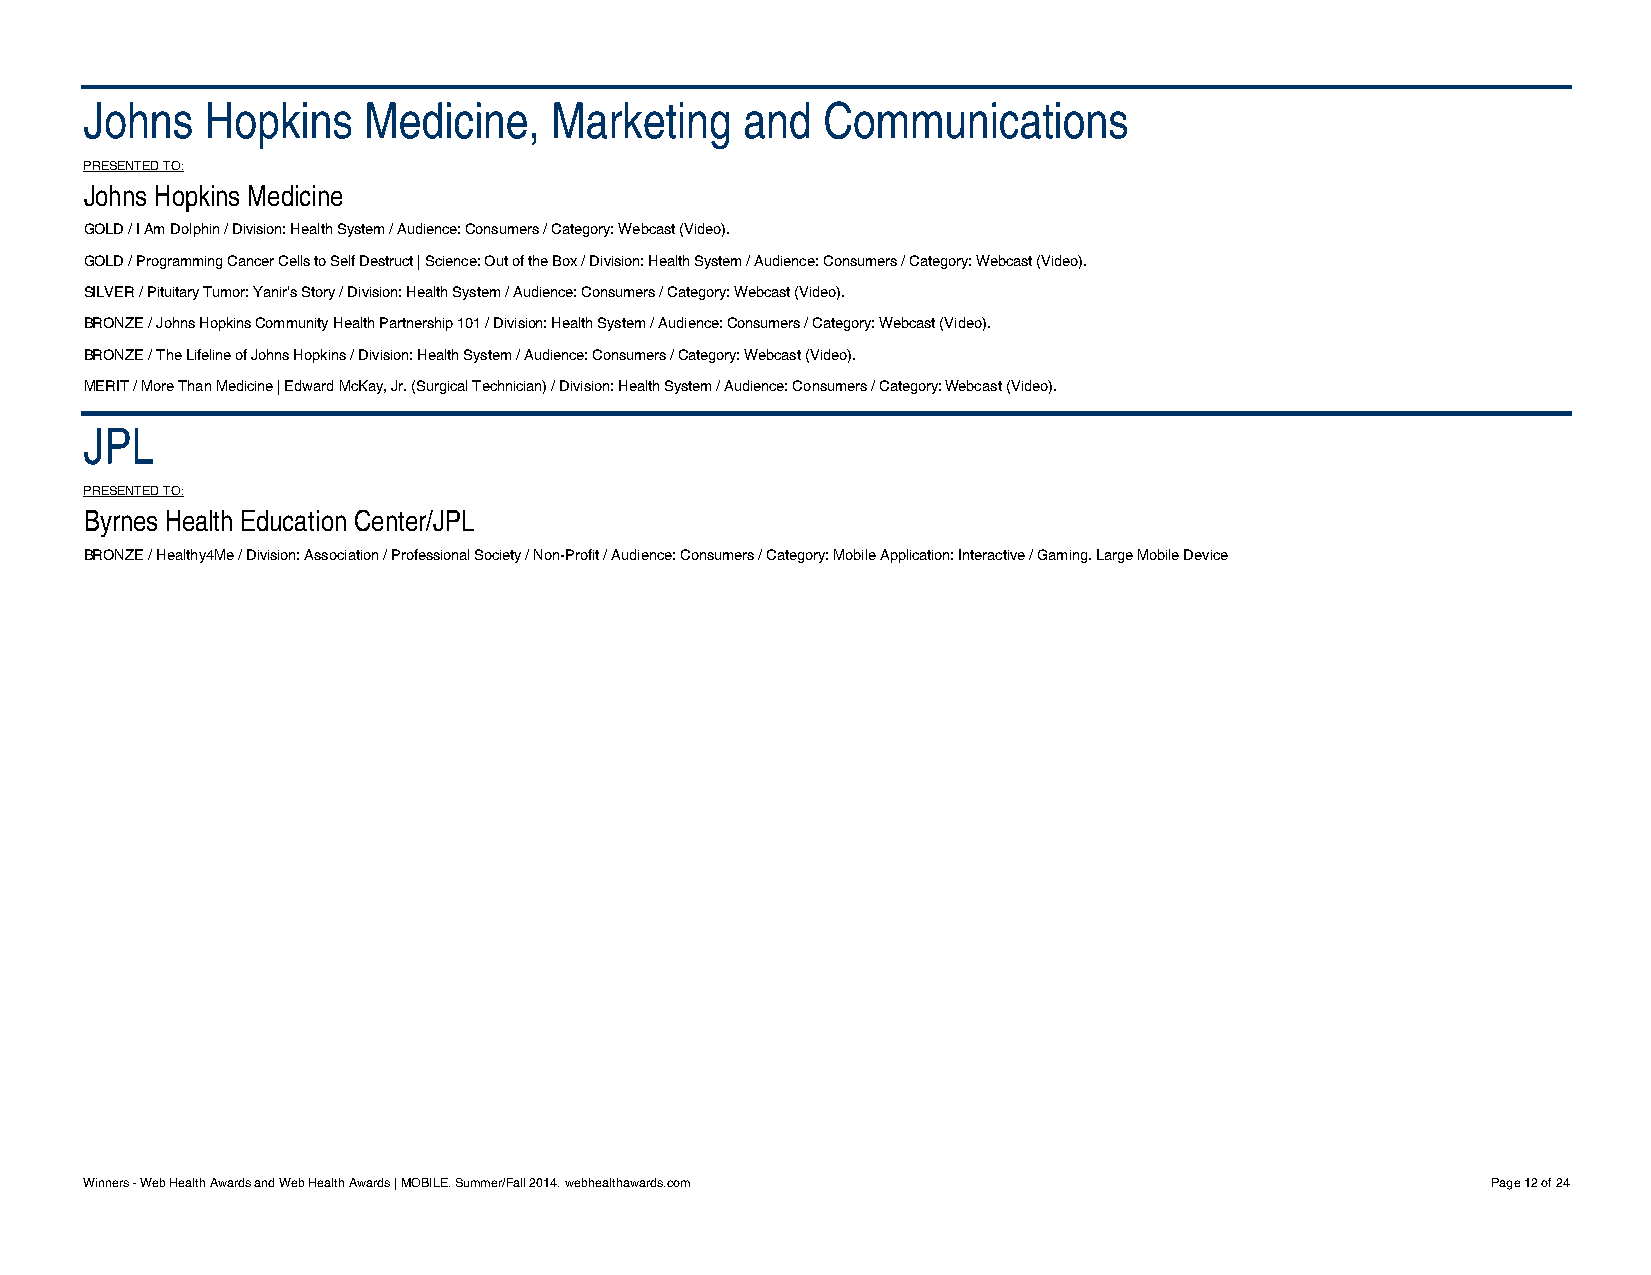
Johns   Hopkins   Medicine,   Marketing    and  Communications
 PRESENTED TO:
 Johns Hopkins Medicine
 GOLD / I Am Dolphin / Division: Health System / Audience: Consumers / Category: Webcast (Video).
 GOLD / Programming Cancer Cells to Self Destruct | Science: Out of the Box / Division: Health System / Audience: Consumers / Category: Webcast (Video).
 SILVER / Pituitary Tumor: Yanir's Story / Division: Health System / Audience: Consumers / Category: Webcast (Video).
 BRONZE / Johns Hopkins Community Health Partnership 101 / Division: Health System / Audience: Consumers / Category: Webcast (Video).
 BRONZE / The Lifeline of Johns Hopkins / Division: Health System / Audience: Consumers / Category: Webcast (Video).
 MERIT / More Than Medicine | Edward McKay, Jr. (Surgical Technician) / Division: Health System / Audience: Consumers / Category: Webcast (Video).
 JPL
 PRESENTED TO:
 Byrnes Health Education Center/JPL
 BRONZE / Healthy4Me / Division: Association / Professional Society / Non-Profit / Audience: Consumers / Category: Mobile Application: Interactive / Gaming. Large Mobile Device
 Winners - Web Health Awards and Web Health Awards | MOBILE. Summer/Fall 2014. webhealthawards.com Page 12 of 24